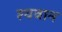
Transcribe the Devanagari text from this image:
श्यवान